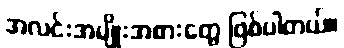
အလင်းအမျိုးအစားတွေ ဖြစ်ပါတယ်။